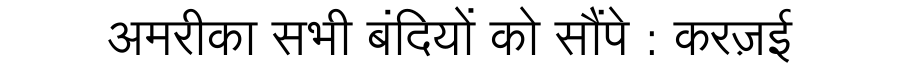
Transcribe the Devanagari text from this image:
अमरीका सभी बंदियों को सौंपे : करज़ई